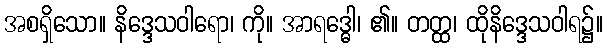
အစရှိသော။ နိဒ္ဒေသဝါရော၊ ကို။ အာရဒ္ဓေါ၊ ၏။ တတ္ထ၊ ထိုနိဒ္ဒေသဝါရ၌။